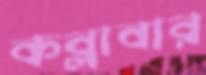
কব্‌লাবার